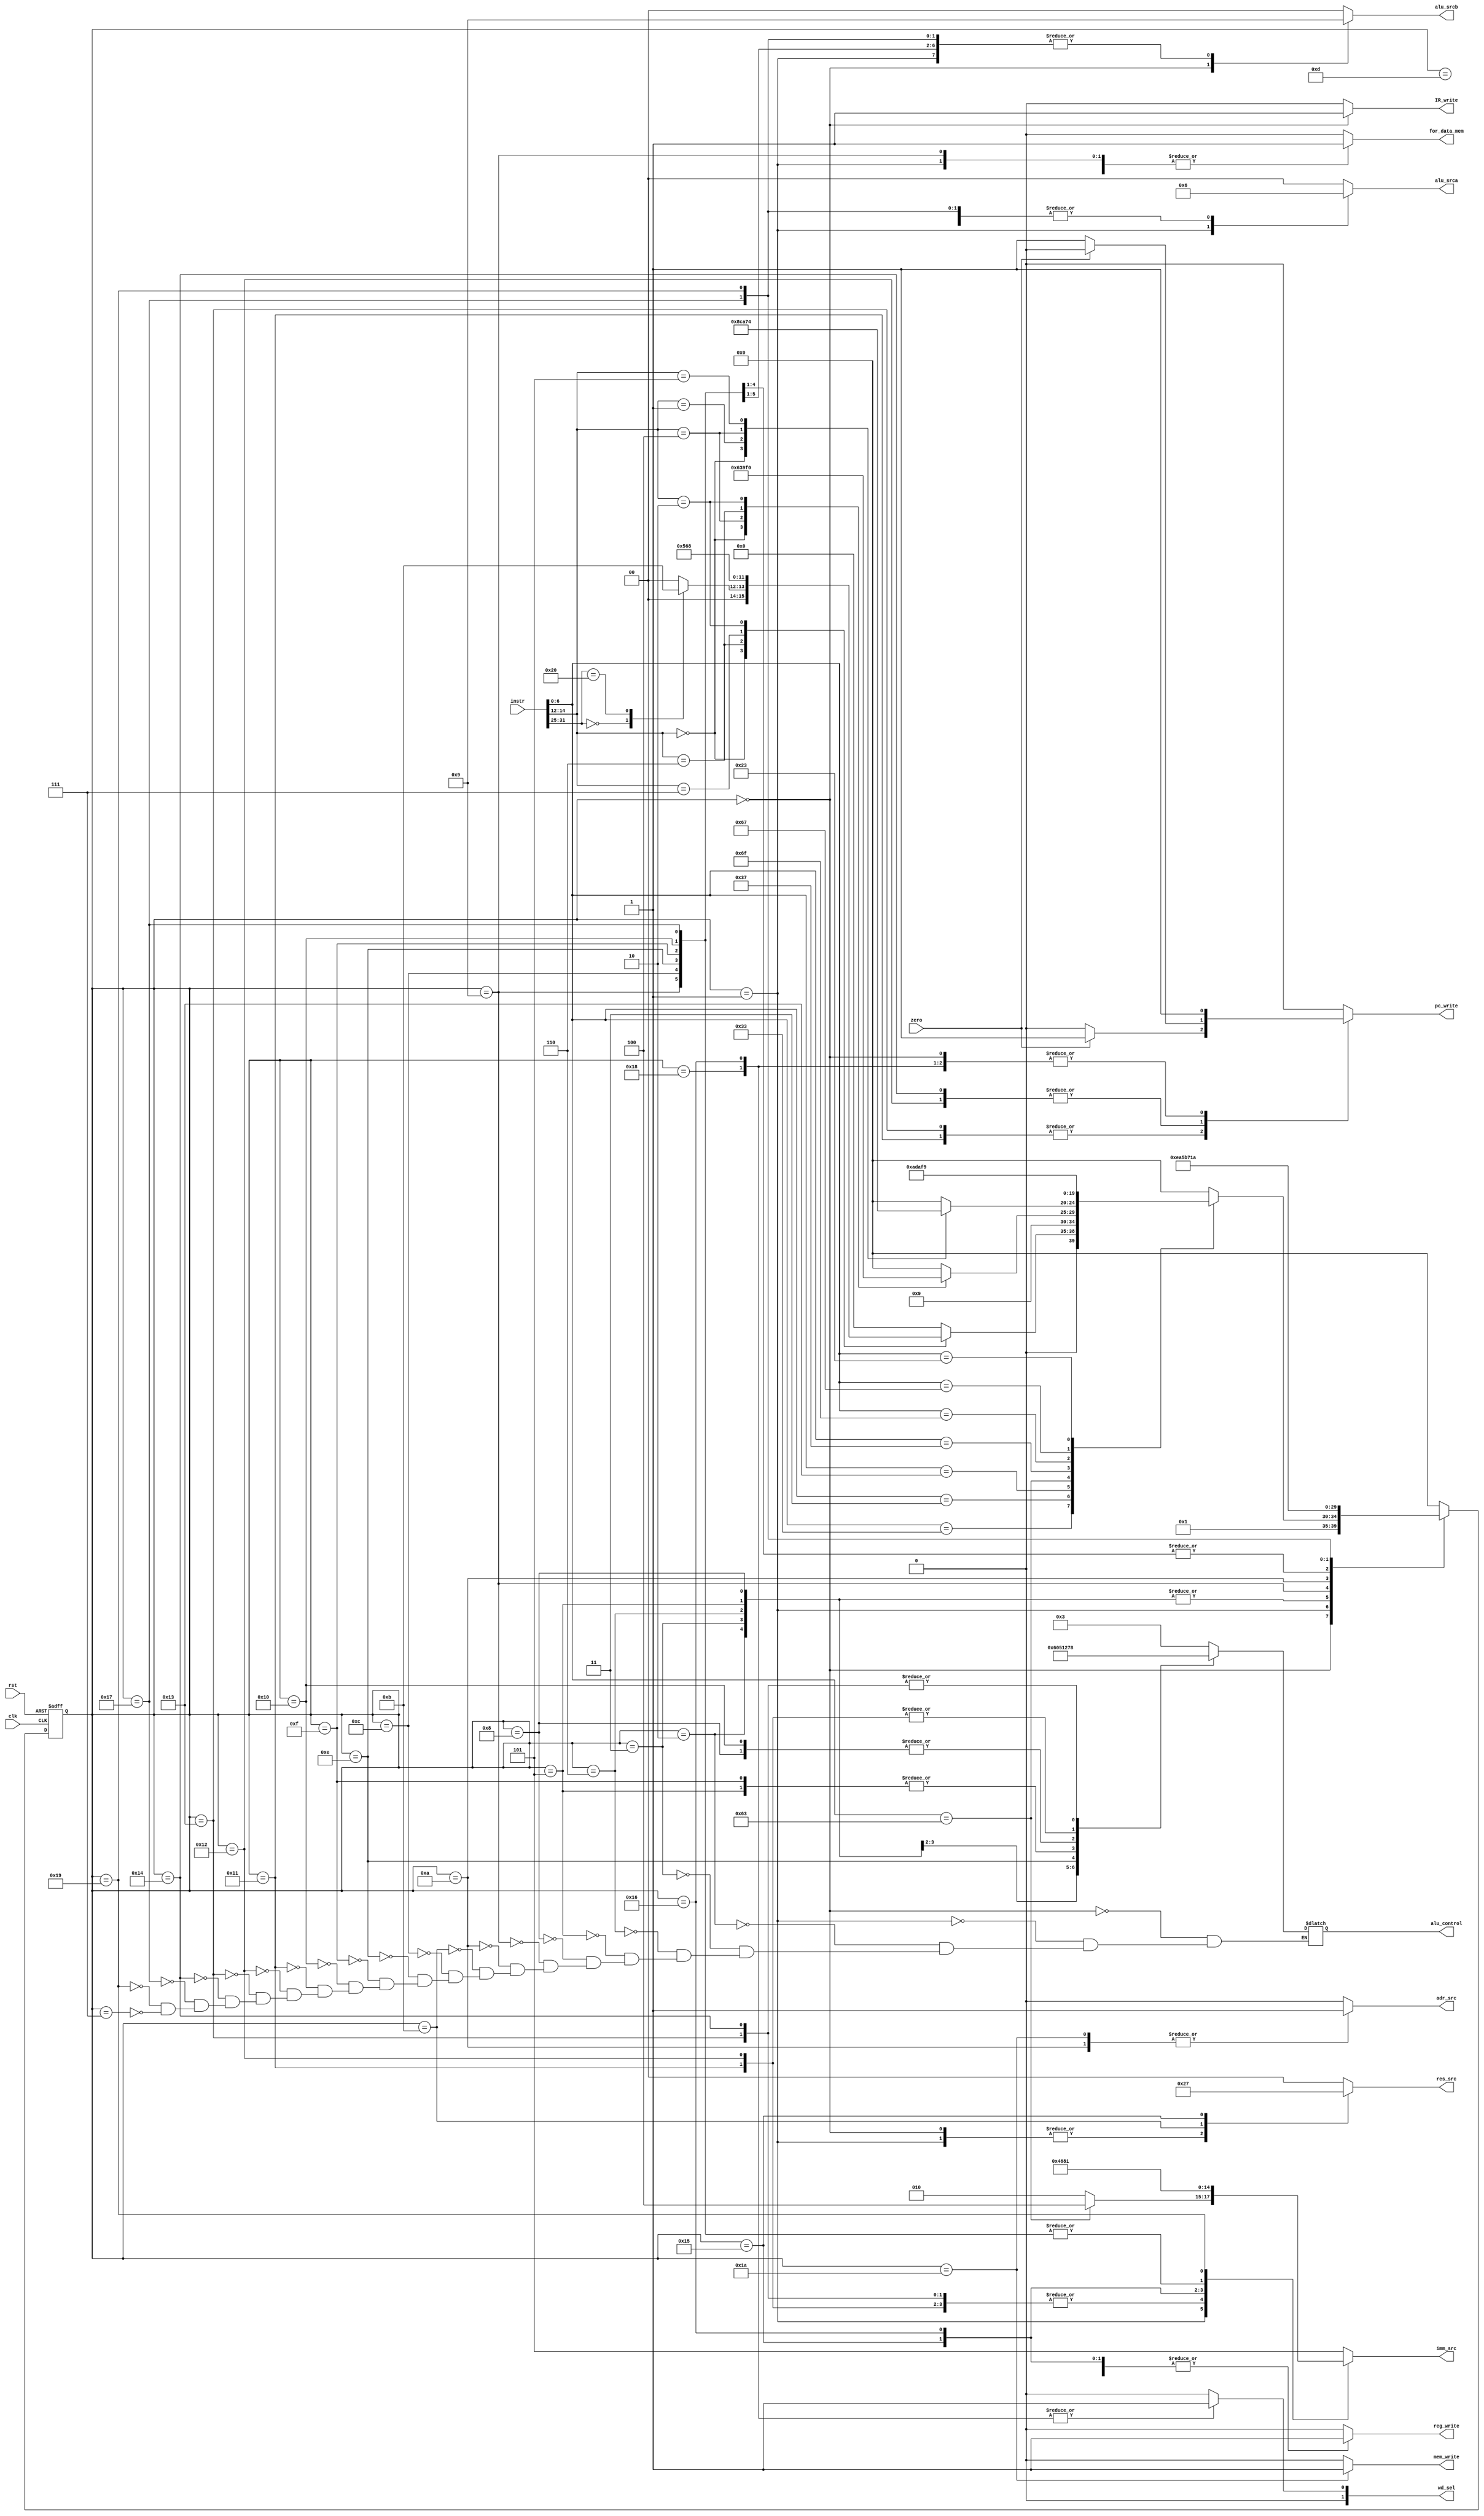
module controller(input [31:0] instr,input zero,clk,rst,  output reg  for_data_mem, reg_write ,mem_write ,adr_src ,IR_write ,pc_write ,
				output reg[1:0] alu_srca, alu_srcb, wd_sel,
				output reg [1:0] res_src, output reg[3:0] alu_control , output reg[2:0] imm_src);
	reg [4:0] ps, ns;
	parameter [4:0]
	inst_fetch = 0, inst_decode = 1, excution_add= 2,excution_sub = 3,
	excution_or= 5,excution_and = 6,  R_type_comp = 7, excution_slt = 8,
	excution_lw = 9	,ex_lw_mem = 10 , ex_lw_reg = 11 , ex_addi = 12 , ex_i_reg=13,
	ex_xori=14 , ex_ori=15, ex_slti=16 , ex_beq =17 , ex_bne =18 , ex_blt =19 , ex_bgt =20
	, ex_lui =21 , ex_jal =22 , ex_jalr =23 , ex_jalr_reg =24 , ex_sw =25 , ex_sw_mem =26;
	always@(ps)begin
		ns = inst_fetch;
		case(ps)
			inst_fetch:
				ns = inst_decode;
			inst_decode:begin
				case(instr[6:0])
					7'b011_0011 :begin //R-Type
						case(instr[14:12])
					//func3
							3'b000:begin
						
						
								//func7
								case(instr[31:25])
									7'b0: //add
										ns = excution_add;

									7'b0100_000: //sub
										ns = excution_sub;
								endcase
							end
							3'b110: ns = excution_or; //or
								

							3'b111: ns=  excution_and;  //and

	
							3'b010: ns = excution_slt; //slt
					endcase
					end
					7'b000_0011 : ns = excution_lw; //lw

					7'b001_0011: begin    //I-type
						case(instr[14:12])
							3'b000: ns = ex_addi;
							
							3'b100: ns = ex_xori; 

							3'b110: ns = ex_ori;

							3'b010: ns = ex_slti;
						endcase
					end
					7'b110_0011: begin  //Branch-type
						case(instr[14:12])
							3'b000: ns = ex_beq;
							
							3'b001: ns = ex_bne; 

							3'b100: ns = ex_blt;

							3'b101: ns = ex_bgt;
						endcase
						end
					7'b011_0111 : ns = ex_lui; //lui
					
					7'b110_1111 : ns = ex_jal; //jal

					7'b110_0111 : ns = ex_jalr; //jalr

					7'b010_0011 : ns = ex_sw; //sw

				endcase
			
			end
			
			
			excution_add: ns = R_type_comp;
			
			excution_sub: ns = R_type_comp;

			excution_or: ns = R_type_comp;
			
			excution_and: ns = R_type_comp;

			excution_slt: ns = R_type_comp;
			
			excution_lw : ns = ex_lw_mem;
			
			ex_lw_mem : ns = ex_lw_reg; 

			ex_addi : ns = ex_i_reg;

			ex_xori : ns = ex_i_reg;

			ex_ori : ns = ex_i_reg;

			ex_slti : ns = ex_i_reg;

			ex_i_reg : ns = inst_fetch;

			ex_lw_reg : ns = inst_fetch;

			ex_beq : ns = inst_fetch;

			ex_bne : ns = inst_fetch;

			ex_blt : ns = inst_fetch;

			ex_bgt : ns = inst_fetch;
			
			ex_lui : ns = inst_fetch;

			ex_jal : ns = inst_fetch;

			ex_jalr : ns = ex_jalr_reg;

			ex_jalr_reg : ns = inst_fetch;

			ex_sw : ns = ex_sw_mem;

			ex_sw_mem : ns = inst_fetch;

			R_type_comp : ns = inst_fetch;
		
			
		endcase
	end

	always@(ps,zero)begin
		{for_data_mem,reg_write, wd_sel , pc_write, IR_write, adr_src, mem_write,alu_srca,alu_srcb,res_src} = 12'b0;		
		
		imm_src = 3'd5;
		case(ps)
			inst_fetch:begin
				alu_srcb = 2'b10;
				IR_write = 1'b1;
				alu_control = 4'd3;
				res_src = 2'b10;
				pc_write = 1'b1;
			end

			inst_decode:begin
				alu_srca = 2'b01;
				alu_srcb = 2'b01;
				res_src = 2'b10;
				alu_control = 4'd3;
				for_data_mem = 1'b1;
				imm_src = (instr[6:0] == 7'b110_0011) ? 3'd4 : 3'd2;
			end
			excution_add: begin
				alu_srca = 2'b10;
				alu_srcb = 2'b00;
				alu_control = 4'd3;

			end

			excution_sub: begin
				alu_srca = 2'b10;
				alu_srcb = 2'b00;
				alu_control = 4'd6;

			end

			excution_and: begin
				alu_srca = 2'b10;
				alu_srcb = 2'b00;
				alu_control = 4'b0;

			end

			excution_or: begin
				alu_srca = 2'b10;
				alu_srcb = 2'b00;
				alu_control = 4'd1;

			end

			excution_slt: begin
				alu_srca = 2'b10;
				alu_srcb = 2'b00;
				alu_control = 4'd2;

			end

			excution_lw:begin
            	alu_srca = 2'b10;
            	alu_srcb = 2'b01;
            	alu_control = 4'd3;
				imm_src = 3'd0;
     			for_data_mem = 1'b1;
			end

			ex_lw_mem: begin
            	adr_src = 1'b1;
            	res_src = 2'b00;  
				alu_control = 4'd3;      
				for_data_mem = 1'b1;
     	   end

           ex_lw_reg: begin
            	reg_write = 1'b1;
            	res_src = 2'b01;
				alu_control = 4'd3;
				for_data_mem = 1'b0;
           end

			ex_addi: begin
				alu_srca = 2'b10;
            	alu_srcb = 2'b01;
				imm_src = 3'd0;
				alu_control = 4'd3;
			end

			ex_xori: begin
				alu_srca = 2'b10;
            	alu_srcb = 2'b01;
				imm_src = 3'd0;
				alu_control = 4'd5;
			end

			ex_ori: begin
				alu_srca = 2'b10;
            	alu_srcb = 2'b01;
				imm_src = 3'd0;
				alu_control = 4'd1;
			end

			ex_slti: begin
				alu_srca = 2'b10;
            	alu_srcb = 2'b01;
				imm_src = 3'd0;
				alu_control = 4'd2;
			end

			ex_i_reg : begin
				reg_write = 1'b1;
			end

			ex_beq: begin
				pc_write = (zero)? 1'b1:1'b0;
				alu_srca = 2'b10;
            	alu_srcb = 2'b00;
				alu_control = 4'd7;
				imm_src = 3'd4;
			end		
	
			ex_bne: begin
				pc_write = (zero)? 1'b0:1'b1;
				alu_srca = 2'b10;
            	alu_srcb = 2'b00;
				alu_control = 4'd7;
				imm_src = 3'd4;
			end	

			ex_blt: begin
				pc_write = (zero)? 1'b1:1'b0;
				alu_srca = 2'b10;
            	alu_srcb = 2'b00;
				alu_control = 4'd8;
				imm_src = 3'd4;
			end

			ex_bgt: begin
				pc_write = (zero)? 1'b0:1'b1;
				alu_srca = 2'b10;
            	alu_srcb = 2'b00;
				alu_control = 4'd8;
				imm_src = 3'd4;
			end

			ex_lui: begin
				reg_write = 1'b1;
				res_src = 2'b11;
				imm_src = 3'd3;
			end

			ex_jal: begin
				reg_write = 1'b1;
            	pc_write = 1'b1;
            	wd_sel = 1'b1;
				imm_src = 3'd2;
				res_src = 2'b00;
			end

			ex_jalr: begin
				alu_srca = 2'b10;
            	alu_srcb = 2'b01;
				alu_control = 4'd3;
				imm_src = 3'd0;
			end

			ex_jalr_reg: begin
				reg_write = 1'b1;
            	pc_write = 1'b1;
            	wd_sel = 1'b1;
            	res_src = 2'b00;
			end

			ex_sw : begin
				alu_srca = 2'b10;
            	alu_srcb = 2'b01;
				alu_control = 4'd3;
				imm_src = 3'd1;
			end

			ex_sw_mem : begin
				mem_write = 1'b1;
            	adr_src = 1'b1;
            	res_src = 2'b00;
			end


			R_type_comp : begin
				alu_srca = 2'b10;
				alu_srcb = 2'b00;
				alu_control = 4'b011;
				reg_write = 1;
				res_src =2'b0;
				for_data_mem = 1'b0;
			end
		endcase
	end

	always@(posedge clk,posedge rst)begin
		if(rst == 1'b1)
			ps <= inst_fetch;
		else
			ps <= ns;
	end

	
	


endmodule